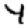
Digit: 4